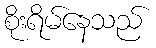
စိုးရိမ်နေသည်